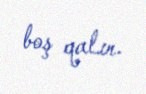
boş qalır.